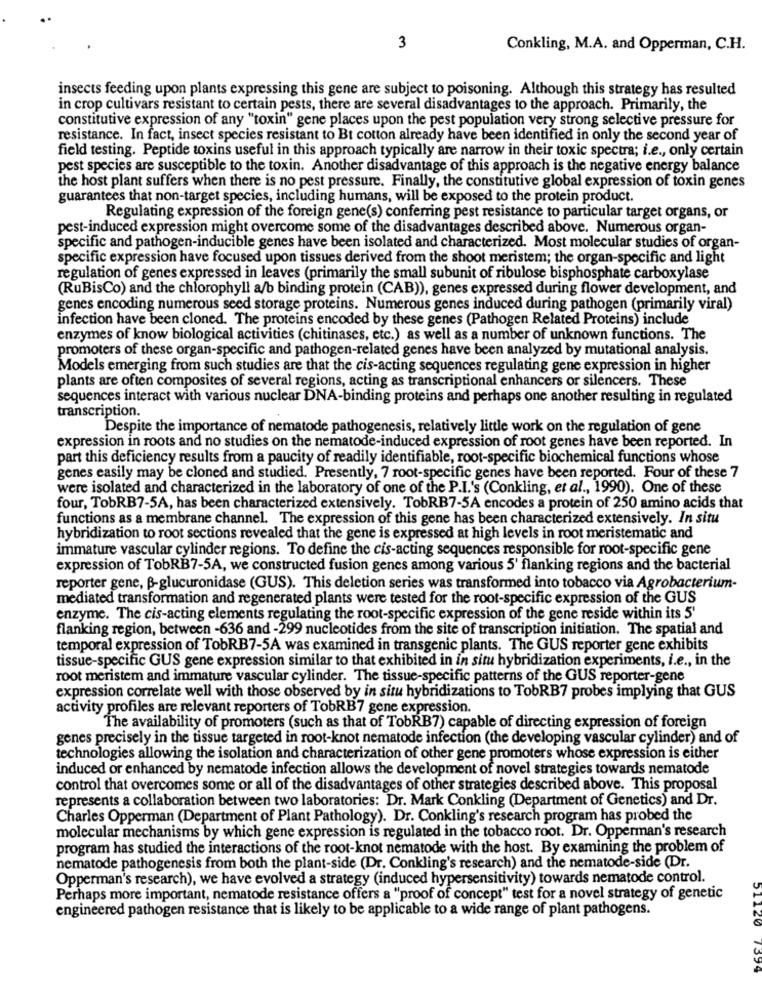
3
Conkling, M.A. and Opperman, C.H.
insects feeding upon plants expressing this gene are subject to poisoning. Although this strategy has resulted
in crop cultivars resistant to certain pests, there are several disadvantages to the approach. Primarily, the
constitutive expression of any "toxin" gene places upon the pest population very strong selective pressure for
resistance. In fact, insect species resistant to Bt cotton already have been identified in only the second year of
field testing. Peptide toxins useful in this approach typically are narrow in their toxic spectra; i.e ., only certain
pest species are susceptible to the toxin. Another disadvantage of this approach is the negative energy balance
the host plant suffers when there is no pest pressure. Finally, the constitutive global expression of toxin genes
guarantees that non-target species, including humans, will be exposed to the protein product.
Regulating expression of the foreign gene(s) conferring pest resistance to particular target organs, or
pest-induced expression might overcome some of the disadvantages described above. Numerous organ-
specific and pathogen-inducible genes have been isolated and characterized. Most molecular studies of organ-
specific expression have focused upon tissues derived from the shoot meristem; the organ-specific and light
regulation of genes expressed in leaves (primarily the small subunit of ribulose bisphosphate carboxylase
(RuBisCo) and the chlorophyll a/b binding protein (CAB)), genes expressed during flower development, and
genes encoding numerous seed storage proteins. Numerous genes induced during pathogen (primarily viral)
infection have been cloned. The proteins encoded by these genes (Pathogen Related Proteins) include
enzymes of know biological activities (chitinases, etc.) as well as a number of unknown functions. The
promoters of these organ-specific and pathogen-related genes have been analyzed by mutational analysis.
Models emerging from such studies are that the cis-acting sequences regulating gene expression in higher
plants are often composites of several regions, acting as transcriptional enhancers or silencers. These
sequences interact with various nuclear DNA-binding proteins and perhaps one another resulting in regulated
transcription.
Despite the importance of nematode pathogenesis, relatively little work on the regulation of gene
expression in roots and no studies on the nematode-induced expression of root genes have been reported. In
part this deficiency results from a paucity of readily identifiable, root-specific biochemical functions whose
genes easily may be cloned and studied. Presently, 7 root-specific genes have been reported. Four of these 7
were isolated and characterized in the laboratory of one of the P.I.'s (Conkling, et al ., 1990). One of these
four, TobRB7-5A, has been characterized extensively. TobRB7-5A encodes a protein of 250 amino acids that
functions as a membrane channel. The expression of this gene has been characterized extensively. In situ
hybridization to root sections revealed that the gene is expressed at high levels in root meristematic and
immature vascular cylinder regions. To define the cis-acting sequences responsible for root-specific gene
expression of TobRB7-5A, we constructed fusion genes among various 5' flanking regions and the bacterial
reporter gene, B-glucuronidase (GUS). This deletion series was transformed into tobacco via Agrobacterium-
mediated transformation and regenerated plants were tested for the root-specific expression of the GUS
enzyme. The cis-acting elements regulating the root-specific expression of the gene reside within its 5'
flanking region, between -636 and -299 nucleotides from the site of transcription initiation. The spatial and
temporal expression of TobRB7-5A was examined in transgenic plants. The GUS reporter gene exhibits
tissue-specific GUS gene expression similar to that exhibited in in situ hybridization experiments, i.e ., in the
root meristem and immature vascular cylinder. The tissue-specific patterns of the GUS reporter-gene
expression correlate well with those observed by in situ hybridizations to TobRB7 probes implying that GUS
activity profiles are relevant reporters of TobRB7 gene expression.
The availability of promoters (such as that of TobRB7) capable of directing expression of foreign
genes precisely in the tissue targeted in root-knot nematode infection (the developing vascular cylinder) and of
technologies allowing the isolation and characterization of other gene promoters whose expression is either
induced or enhanced by nematode infection allows the development of novel strategies towards nematode
control that overcomes some or all of the disadvantages of other strategies described above. This proposal
represents a collaboration between two laboratories: Dr. Mark Conkling (Department of Genetics) and Dr.
Charles Opperman (Department of Plant Pathology). Dr. Conkling's research program has probed the
molecular mechanisms by which gene expression is regulated in the tobacco root. Dr. Opperman's research
program has studied the interactions of the root-knot nematode with the host. By examining the problem of
nematode pathogenesis from both the plant-side (Dr. Conkling's research) and the nematode-side (Dr.
Opperman's research), we have evolved a strategy (induced hypersensitivity) towards nematode control.
Perhaps more important, nematode resistance offers a "proof of concept" test for a novel strategy of genetic
engineered pathogen resistance that is likely to be applicable to a wide range of plant pathogens.
51120
7399